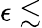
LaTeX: \epsilon\lesssim